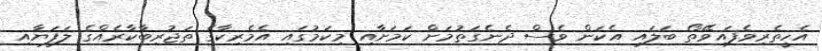
އެހީތެރިވެފައިވޭތޯ ބަލައި އެކަން ވެސް ދެނެގަތުމަށް ކަމަށާއި މިކަމުގައި އެމެރިކާގެ ތަޖުރިބާކާރެއްގެ ލަފަޔާއި